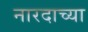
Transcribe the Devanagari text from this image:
नारदाच्या